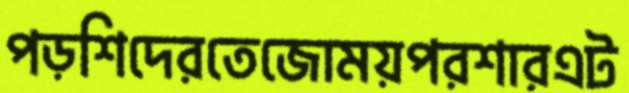
পড়শিদেরতেজোময়পরশারএট